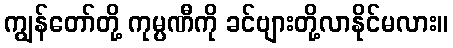
ကျွန်တော်တို့ ကုမ္ပဏီကို ခင်ဗျားတို့လာနိုင်မလား။